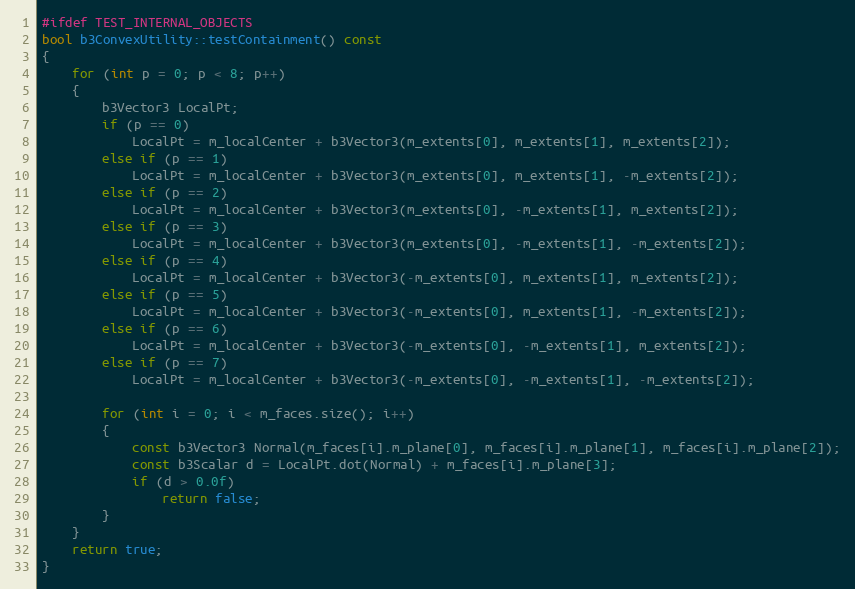
Language: C++
#ifdef TEST_INTERNAL_OBJECTS
bool b3ConvexUtility::testContainment() const
{
	for (int p = 0; p < 8; p++)
	{
		b3Vector3 LocalPt;
		if (p == 0)
			LocalPt = m_localCenter + b3Vector3(m_extents[0], m_extents[1], m_extents[2]);
		else if (p == 1)
			LocalPt = m_localCenter + b3Vector3(m_extents[0], m_extents[1], -m_extents[2]);
		else if (p == 2)
			LocalPt = m_localCenter + b3Vector3(m_extents[0], -m_extents[1], m_extents[2]);
		else if (p == 3)
			LocalPt = m_localCenter + b3Vector3(m_extents[0], -m_extents[1], -m_extents[2]);
		else if (p == 4)
			LocalPt = m_localCenter + b3Vector3(-m_extents[0], m_extents[1], m_extents[2]);
		else if (p == 5)
			LocalPt = m_localCenter + b3Vector3(-m_extents[0], m_extents[1], -m_extents[2]);
		else if (p == 6)
			LocalPt = m_localCenter + b3Vector3(-m_extents[0], -m_extents[1], m_extents[2]);
		else if (p == 7)
			LocalPt = m_localCenter + b3Vector3(-m_extents[0], -m_extents[1], -m_extents[2]);

		for (int i = 0; i < m_faces.size(); i++)
		{
			const b3Vector3 Normal(m_faces[i].m_plane[0], m_faces[i].m_plane[1], m_faces[i].m_plane[2]);
			const b3Scalar d = LocalPt.dot(Normal) + m_faces[i].m_plane[3];
			if (d > 0.0f)
				return false;
		}
	}
	return true;
}